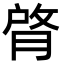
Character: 䏿